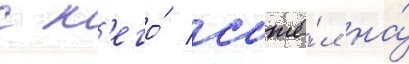
с н'его́ сошё́л на́